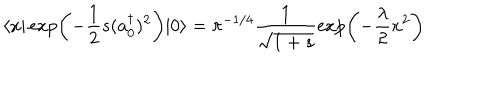
LaTeX: \langle x \vert \exp \left( - \frac { 1 } { 2 } s ( a _ { 0 } ^ { \dagger } ) ^ { 2 } \right) | 0 \rangle = \pi ^ { - 1 / 4 } \frac { 1 } { \sqrt { 1 + s } } \exp \left( - \frac { \lambda } { 2 } x ^ { 2 } \right)